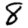
Digit: 8